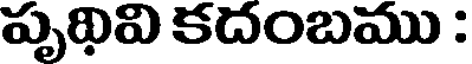
పృథివి కదంబము :